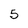
Character: 5